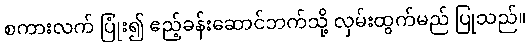
စကားလက် ပြုံး၍ ဧည့်ခန်းဆောင်ဘက်သို့ လှမ်းထွက်မည် ပြုသည်။